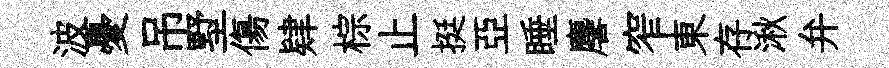
波憂吊墅傷肄棕止挺亞睡麐窄東存湫弁